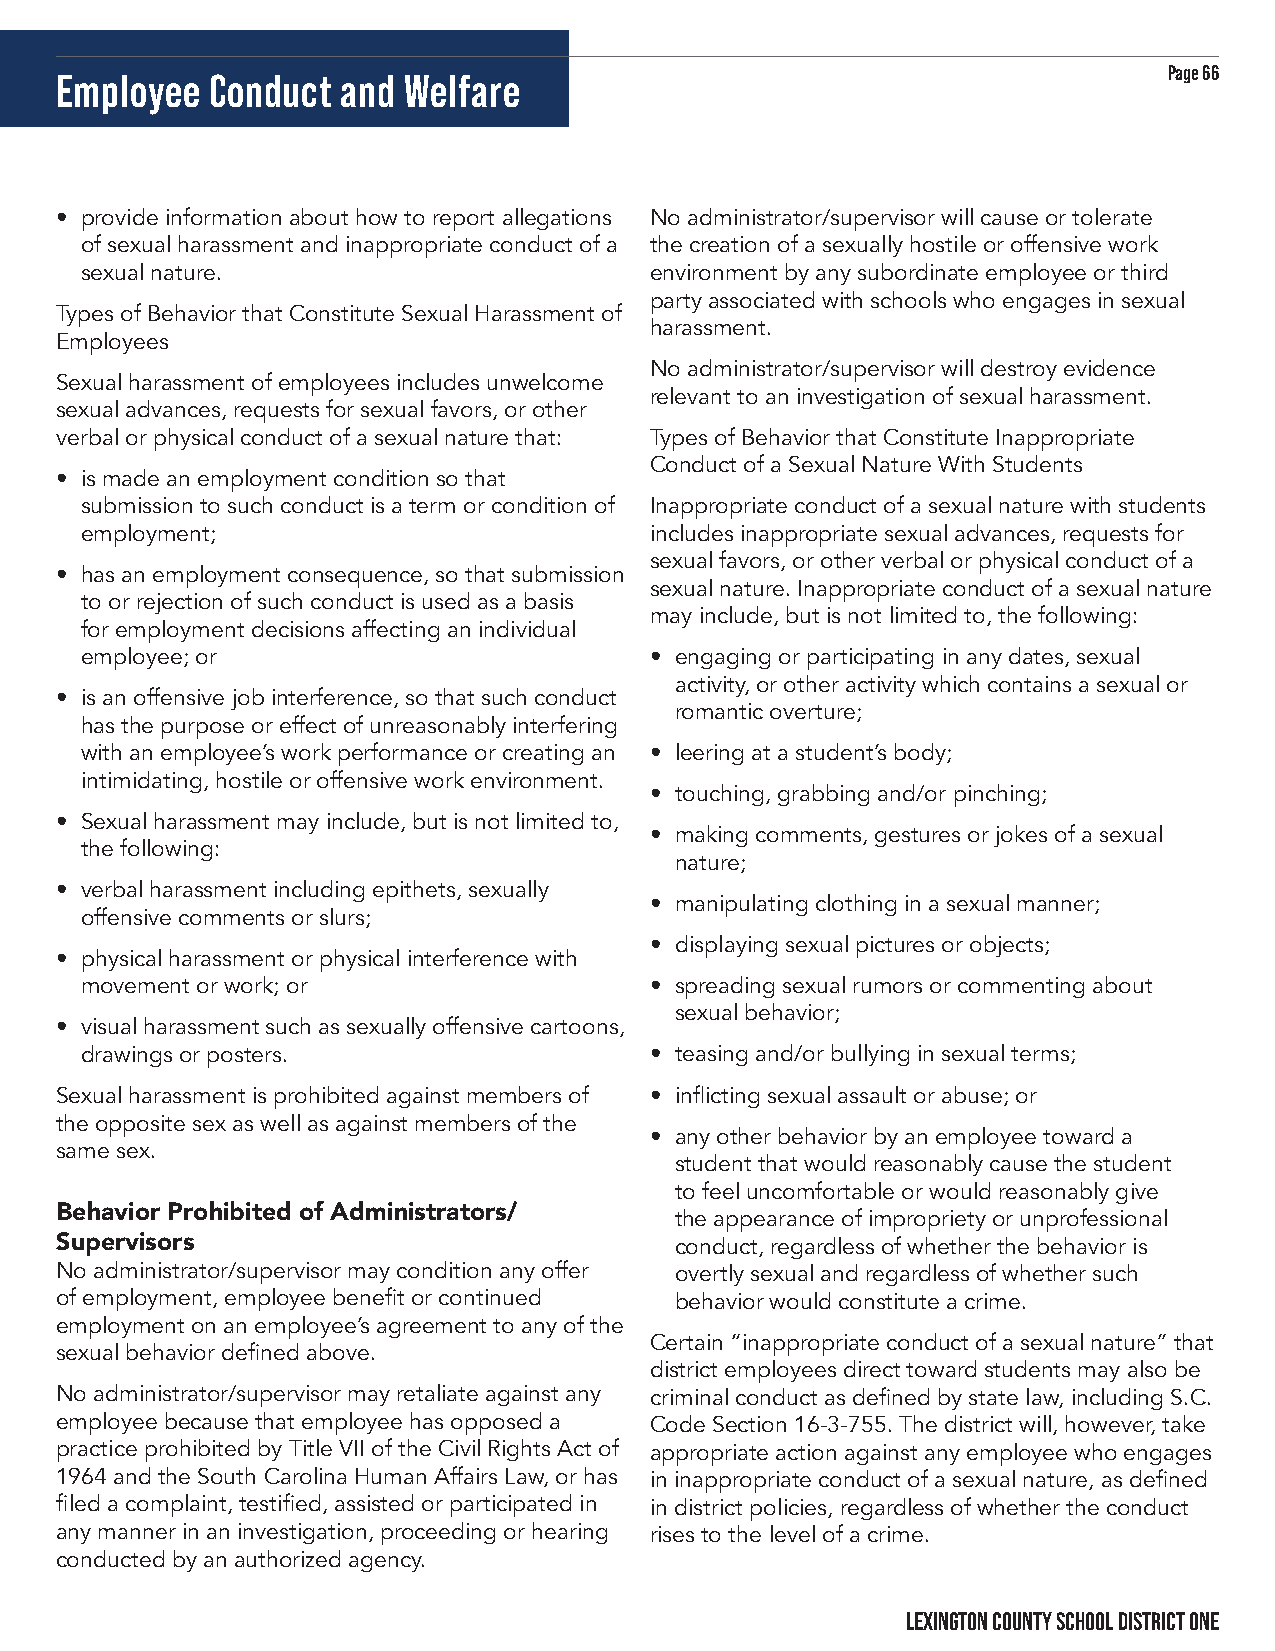
Page 66
 Employee  Conduct  and Welfare
 • provide information about how to report allegations No administrator/supervisor will cause or tolerate
 of sexual harassment and inappropriate conduct of a the creation of a sexually hostile or offensive work
 sexual nature.                        environment by any subordinate employee or third
 party associated with schools who engages in sexual
 Types of Behavior that Constitute Sexual Harassment of
 harassment.
 Employees
 No administrator/supervisor will destroy evidence
 Sexual harassment of employees includes unwelcome
 relevant to an investigation of sexual harassment.
 sexual advances, requests for sexual favors, or other
 verbal or physical conduct of a sexual nature that: Types of Behavior that Constitute Inappropriate
 Conduct of a Sexual Nature With Students
 • is made an employment condition so that
 submission to such conduct is a term or condition of Inappropriate conduct of a sexual nature with students
 employment;                           includes inappropriate sexual advances, requests for
 sexual favors, or other verbal or physical conduct of a
 • has an employment consequence, so that submission
 sexual nature. Inappropriate conduct of a sexual nature
 to or rejection of such conduct is used as a basis
 may include, but is not limited to, the following:
 for employment decisions affecting an individual
 employee; or                          • engaging or participating in any dates, sexual
 activity, or other activity which contains a sexual or
 • is an offensive job interference, so that such conduct
 romantic overture;
 has the purpose or effect of unreasonably interfering
 with an employee’s work performance or creating an • leering at a student’s body;
 intimidating, hostile or offensive work environment.
 • touching, grabbing and/or pinching;
 • Sexual harassment may include, but is not limited to,
 • making comments, gestures or jokes of a sexual
 the following:
 nature;
 • verbal harassment including epithets, sexually
 • manipulating clothing in a sexual manner;
 offensive comments or slurs;
 • displaying sexual pictures or objects;
 • physical harassment or physical interference with
 movement or work; or                  • spreading sexual rumors or commenting about
 sexual behavior;
 • visual harassment such as sexually offensive cartoons,
 drawings or posters.                  • teasing and/or bullying in sexual terms;
 Sexual harassment is prohibited against members of • inflicting sexual assault or abuse; or
 the opposite sex as well as against members of the
 • any other behavior by an employee toward a
 same sex.
 student that would reasonably cause the student
 to feel uncomfortable or would reasonably give
 Behavior Prohibited of Administrators/   the appearance of impropriety or unprofessional
 Supervisors                              conduct, regardless of whether the behavior is
 No administrator/supervisor may condition any offer overtly sexual and regardless of whether such
 of employment, employee benefit or continued behavior would constitute a crime.
 employment on an employee’s agreement to any of the
 Certain “inappropriate conduct of a sexual nature” that
 sexual behavior defined above.
 district employees direct toward students may also be
 No administrator/supervisor may retaliate against any criminal conduct as defined by state law, including S.C.
 employee because that employee has opposed a Code Section 16-3-755. The district will, however, take
 practice prohibited by Title VII of the Civil Rights Act of appropriate action against any employee who engages
 1964 and the South Carolina Human Affairs Law, or has in inappropriate conduct of a sexual nature, as defined
 filed a complaint, testified, assisted or participated in in district policies, regardless of whether the conduct
 any manner in an investigation, proceeding or hearing rises to the level of a crime.
 conducted by an authorized agency.
 LEXINGTON COUNTY SCHOOL DISTRICT ONE